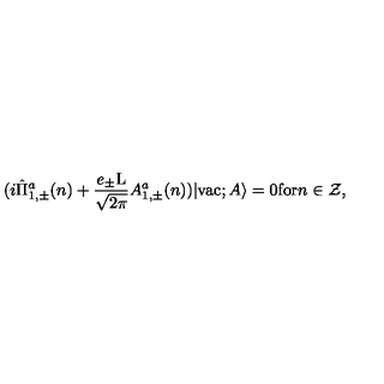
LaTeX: ( i \hat { \Pi } _ { 1 , \pm } ^ { a } ( n ) + \frac { e _ { \pm } \mathrm { L } } { \sqrt { 2 \pi } } A _ { 1 , \pm } ^ { a } ( n ) ) | \mathrm { v a c } ; A \rangle = 0 \mathrm { f o r } n \in \cal Z ,